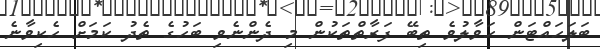
ބަލަހައްޓަން ހަވާލުވެ ތިބޭ ފަރާތްތަކުން މި ދެންނެވި ބަހުގެ ތެދު ކަމަށް ހެކިވާނެ